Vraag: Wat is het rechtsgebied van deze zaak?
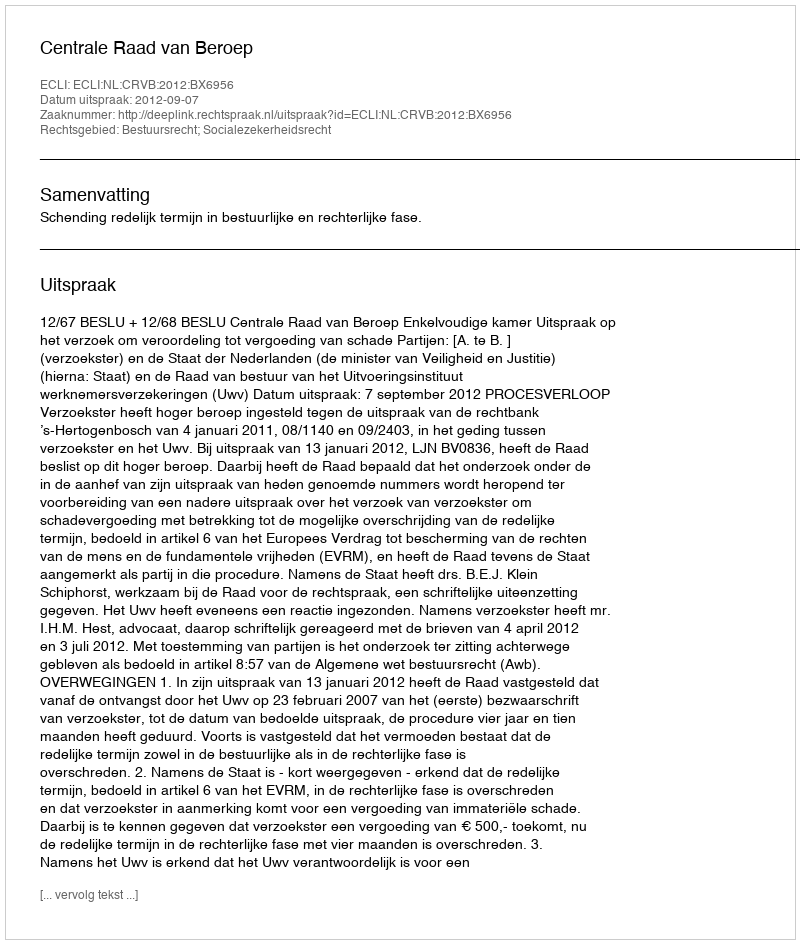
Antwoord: Bestuursrecht; Socialezekerheidsrecht